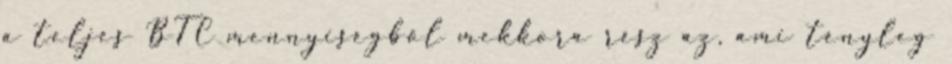
a teljes BTC mennyiségből mekkora rész az, ami tényleg